Document type: Sale
Year: 1430
Scribe: [Unknown]
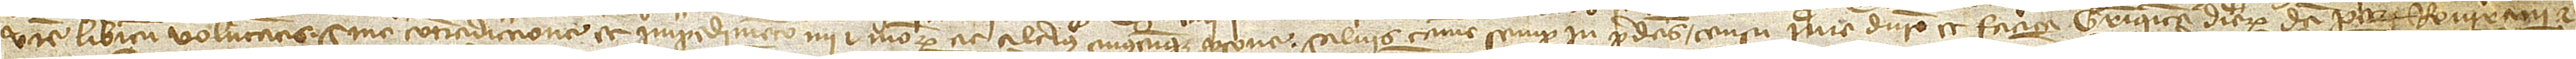
vestre libitum voluntatis sine contradiccione et impedimento mei et meorum ac alterius cuiuscumque persone, salvis tamen semper in predictis censu, iure, dominio et fatica triginta dierum dicti Petri Rovirani et